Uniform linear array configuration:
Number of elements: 4
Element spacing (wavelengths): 0.5
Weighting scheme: cosine
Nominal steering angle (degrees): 30
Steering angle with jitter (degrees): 31.025
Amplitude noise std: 0.05
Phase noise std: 0.05

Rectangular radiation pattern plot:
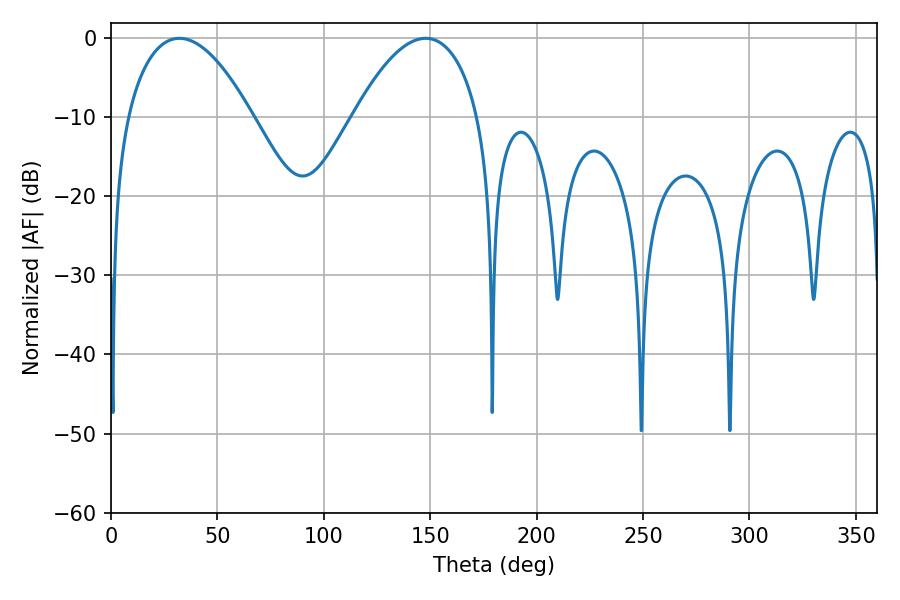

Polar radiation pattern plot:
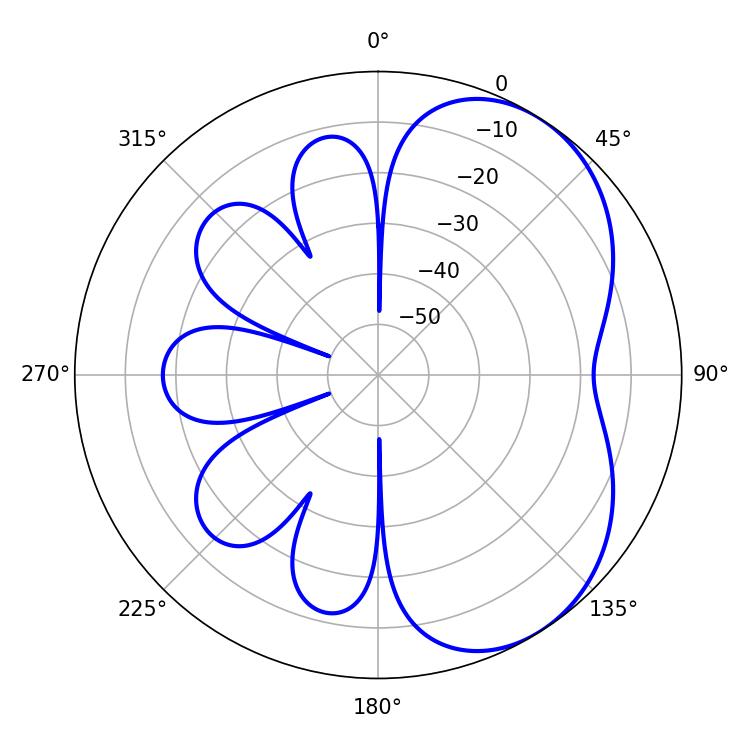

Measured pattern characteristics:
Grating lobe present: FALSE
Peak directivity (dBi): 4.821
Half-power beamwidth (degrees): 32.58
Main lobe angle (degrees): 32.22